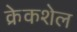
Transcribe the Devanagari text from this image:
क्रेकशेल